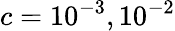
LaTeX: c=10^{-3},10^{-2}